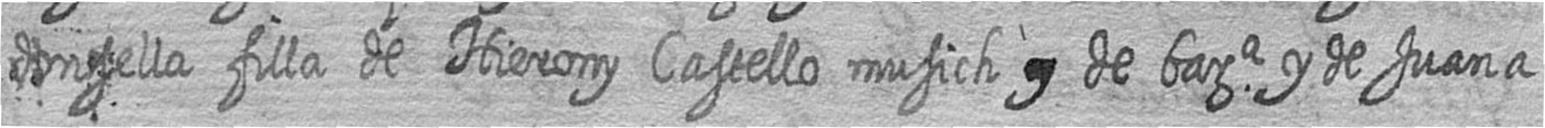
donsella filla de Hierony Castello musich # de bara y de Juana